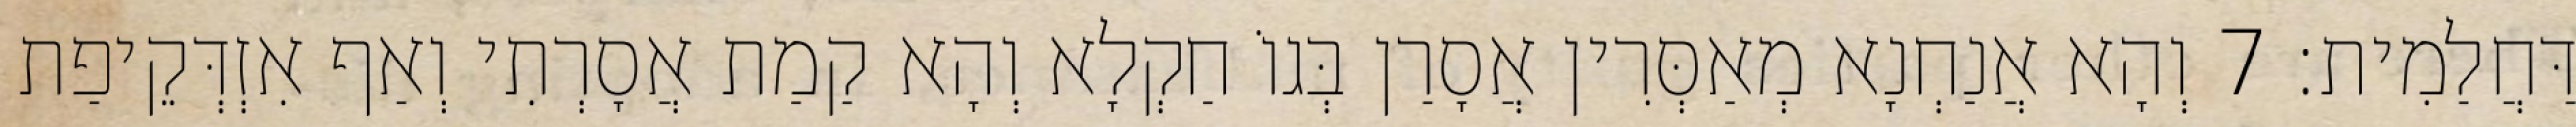
דַּחֲלַמִית׃ 7 וְהָא אֲנַחְנָא מְאַסְּרִין אֲסָרַן בְּגוֹ חַקְלָא וְהָא קַמַת אֲסָרְתִי וְאַף אִזְדְּקֵיפַת